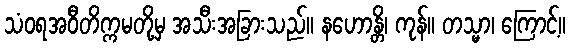
သံဝရအဝီတိက္ကမတို့မှ အသီးအခြားသည်။ နဟောန္တိ၊ ကုန်။ တသ္မာ၊ ကြောင့်။